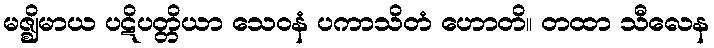
မဇ္ဈိမာယ ပဋိပတ္တိယာ သေဝနံ ပကာသိတံ ဟောတိ။ တထာ သီလေန